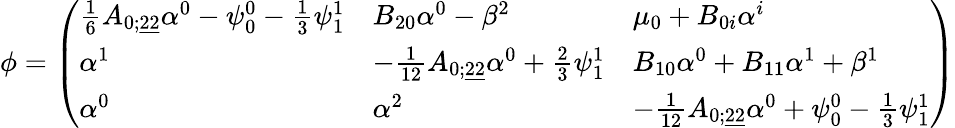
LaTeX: \phi=\left(\begin{array}{lll}{\frac{1}{6}A_{0;\underline{{22}}}\alpha^{0}-\psi_{0}^{0}-\frac 13\psi_{1}^{1}}&{B_{20}\alpha^{0}-\beta^{2}}&{\mu_{0}+B_{0i}\alpha^{i}}\\ {\alpha^{1}}&{-\frac{1}{12}A_{0;\underline{{22}}}\alpha^{0}+\frac 23\psi_{1}^{1}}&{B_{10}\alpha^{0}+B_{11}\alpha^{1}+\beta^{1}}\\ {\alpha^{0}}&{\alpha^{2}}&{-\frac{1}{12}A_{0;\underline{{22}}}\alpha^{0}+\psi_{0}^{0}-\frac 13\psi_{1}^{1}}\end{array}\right)